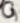
Text: G